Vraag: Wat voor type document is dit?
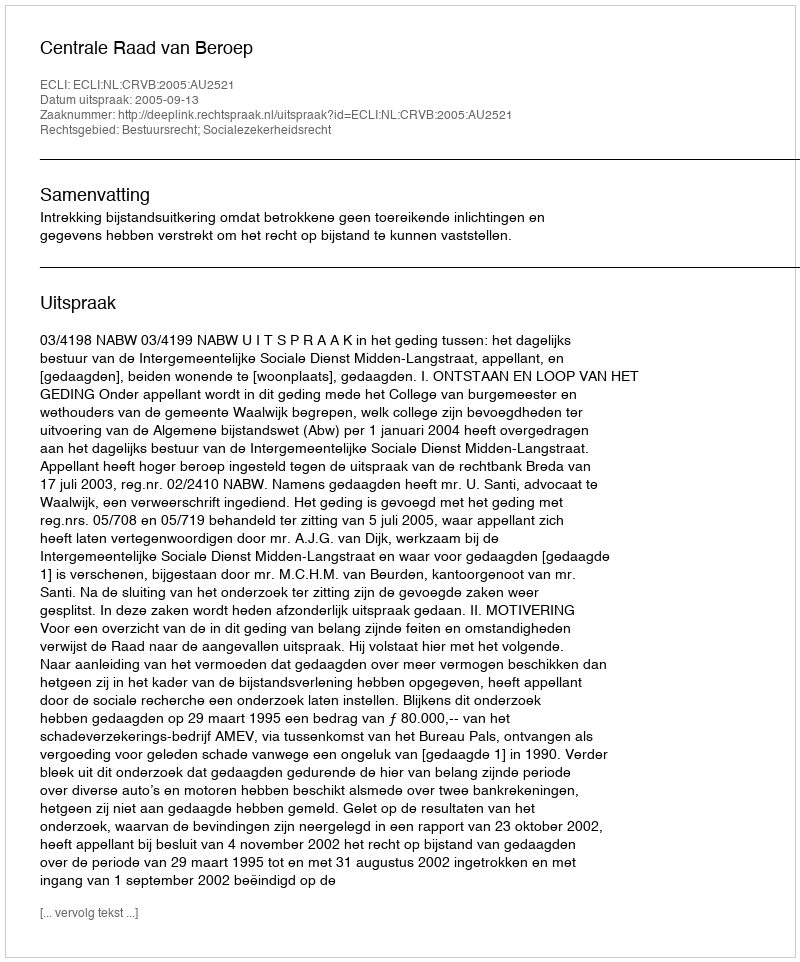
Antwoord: Uitspraak